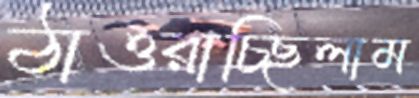
ঠাওরাচ্ছিলাম